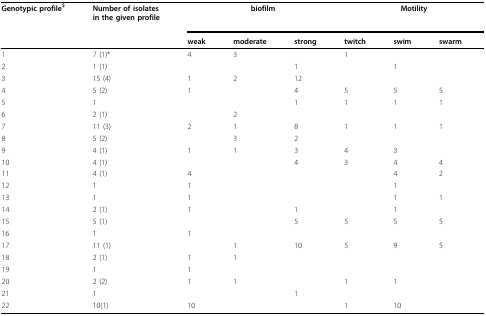
| Genotypic profile$ | Number of isolates in the given profile | <COLSPAN=3> biofilm | <COLSPAN=3> Motility |
 |  |  | weak | moderate | strong | twitch | swim | swarm |
 | --- | --- | --- | --- | --- | --- | --- | --- |
 | 1 | 7 (1)* | 4 | 3 |  | 1 |  |  |
 | 2 | 1 (1) |  |  | 1 |  | 1 |  |
 | 3 | 15 (4) | 1 | 2 | 12 |  |  |  |
 | 4 | 5 (2) | 1 |  | 4 | 5 | 5 | 5 |
 | 5 | 1 |  |  | 1 | 1 | 1 | 1 |
 | 6 | 2 (1) |  | 2 |  |  |  |  |
 | 7 | 11 (3) | 2 | 1 | 8 | 1 | 1 | 1 |
 | 8 | 5 (2) |  | 3 | 2 |  |  |  |
 | 9 | 4 (1) | 1 | 1 | 3 | 4 | 3 |  |
 | 10 | 4 (1) |  |  | 4 | 3 | 4 | 4 |
 | 11 | 4 (1) | 4 |  |  |  | 4 | 2 |
 | 12 | 1 | 1 |  |  |  | 1 |  |
 | 13 | 1 | 1 |  |  |  | 1 | 1 |
 | 14 | 2 (1) | 1 |  | 1 |  | 1 |  |
 | 15 | 5 (1) |  |  | 5 | 5 | 5 | 5 |
 | 16 | 1 | 1 |  |  |  |  |  |
 | 17 | 11 (1) |  | 1 | 10 | 5 | 9 | 5 |
 | 18 | 2 (1) | 1 | 1 |  |  |  |  |
 | 19 | 1 | 1 |  |  |  |  |  |
 | 20 | 2 (2) | 1 | 1 |  | 1 | 1 |  |
 | 21 | 1 |  |  | 1 |  |  |  |
 | 22 | 10(1) | 10 |  |  | 1 | 10 |  |